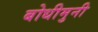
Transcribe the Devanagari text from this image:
बोधीमुनी